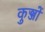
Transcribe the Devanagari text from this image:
कुञ्जों